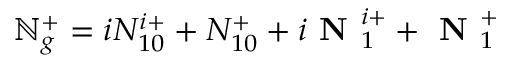
\mathbb { N } _ { g } ^ { + } = i N _ { 1 0 } ^ { i + } + N _ { 1 0 } ^ { + } + i \textbf { N } _ { 1 } ^ { i + } + \textbf { N } _ { 1 } ^ { + }